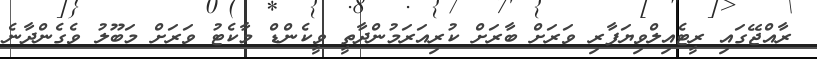
ރާއްޖޭގައި ރީޓެއިލްވިޔަފާރި ވަރަށް ބާރަށް ކުރިއަރަމުންދާތީ ވީކެންޑް މާކެޓު ވަރަށް މަބޫލު ވެގެންދާނެ